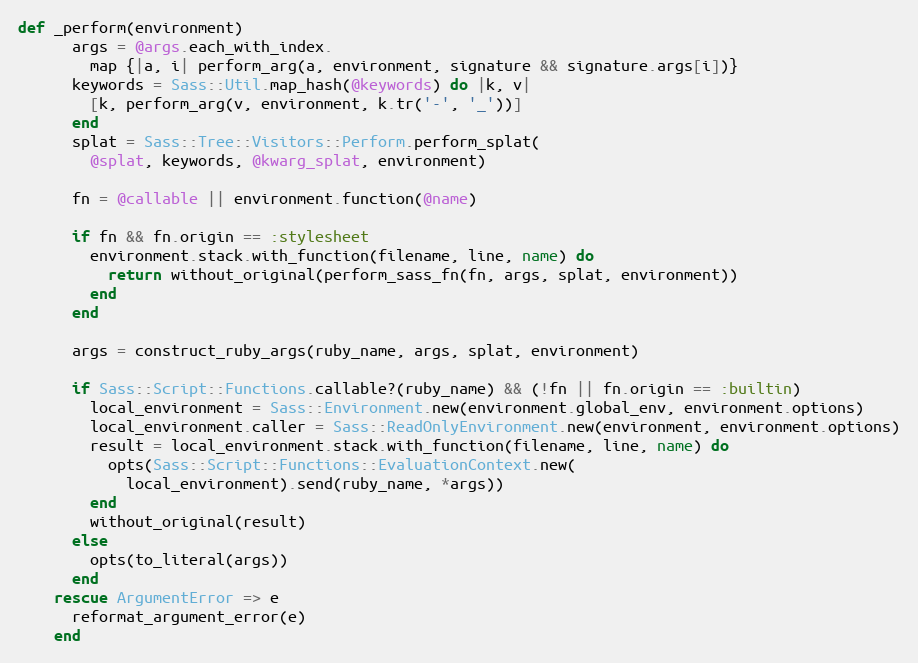
Language: Ruby
def _perform(environment)
      args = @args.each_with_index.
        map {|a, i| perform_arg(a, environment, signature && signature.args[i])}
      keywords = Sass::Util.map_hash(@keywords) do |k, v|
        [k, perform_arg(v, environment, k.tr('-', '_'))]
      end
      splat = Sass::Tree::Visitors::Perform.perform_splat(
        @splat, keywords, @kwarg_splat, environment)

      fn = @callable || environment.function(@name)

      if fn && fn.origin == :stylesheet
        environment.stack.with_function(filename, line, name) do
          return without_original(perform_sass_fn(fn, args, splat, environment))
        end
      end

      args = construct_ruby_args(ruby_name, args, splat, environment)

      if Sass::Script::Functions.callable?(ruby_name) && (!fn || fn.origin == :builtin)
        local_environment = Sass::Environment.new(environment.global_env, environment.options)
        local_environment.caller = Sass::ReadOnlyEnvironment.new(environment, environment.options)
        result = local_environment.stack.with_function(filename, line, name) do
          opts(Sass::Script::Functions::EvaluationContext.new(
            local_environment).send(ruby_name, *args))
        end
        without_original(result)
      else
        opts(to_literal(args))
      end
    rescue ArgumentError => e
      reformat_argument_error(e)
    end